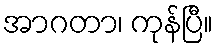
အာဂတာ၊ ကုန်ပြီ။